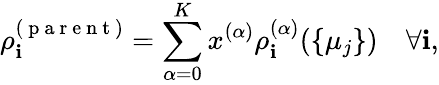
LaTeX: \rho_{\mathbf{i}}^{(\mathrm{{~p~a~r~e~n~t~}})}=\sum_{\alpha=0}^{K}x^{(\alpha)}\rho_{\mathbf{i}}^{(\alpha)}(\{ \mu_{j}\} )\quad\forall\mathbf{i},